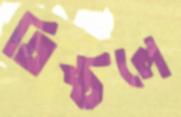
তিষ্ঠলে